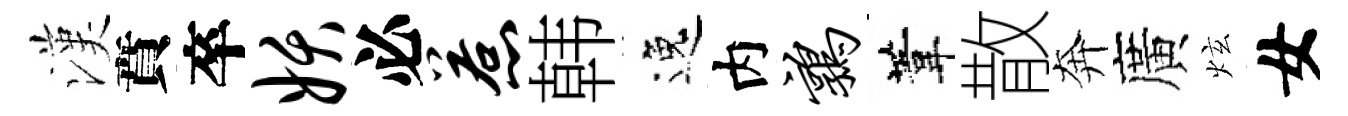
漢賁卒妖必惹韩逸内鹑葦散奔廣炫女